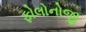
ફોલોનોજી